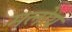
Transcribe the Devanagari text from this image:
मलोय